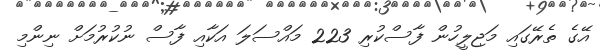
އޭގެ ތެރޭގައި މަޖިލީހުން ފާސްކުރި 223 މައްސަލަ އަކާއި ފާސް ނުކުރުމަށް ނިންމި